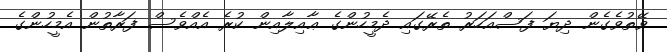
ވޭތުވެގެން ދިޔަ ފަސްއަހަރު ތެރޭގައި ދެމީހުންގެ ޢާއިލާއިން ކުރެ އެއްވެސް ފަރާތުން އެމީހުންގެ